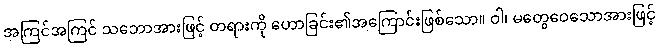
အကြင်အကြင် သဘောအားဖြင့် တရားကို ဟောခြင်း၏အကြောင်းဖြစ်သော။ ဝါ၊ မတွေဝေသောအားဖြင့်